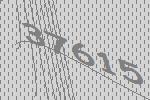
37615